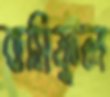
বাসিফুল